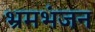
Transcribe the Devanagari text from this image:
भ्रमभंजन